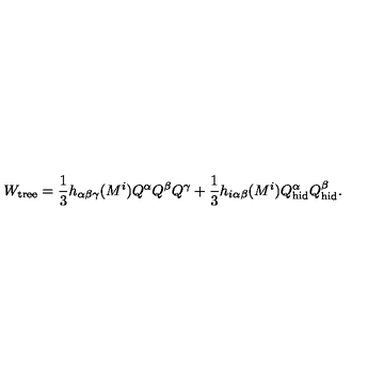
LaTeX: W _ { \mathrm { t r e e } } = { \frac { 1 } { 3 } } h _ { \alpha \beta \gamma } ( M ^ { i } ) Q ^ { \alpha } Q ^ { \beta } Q ^ { \gamma } + { \frac { 1 } { 3 } } h _ { i \alpha \beta } ( M ^ { i } ) Q _ { \mathrm { h i d } } ^ { \alpha } Q _ { \mathrm { h i d } } ^ { \beta } .